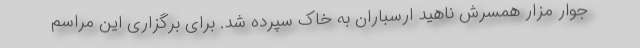
جوار مزار همسرش ناهید ارسباران به خاک سپرده شد. برای برگزاری این مراسم